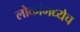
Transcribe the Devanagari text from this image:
लोकांमध्येच